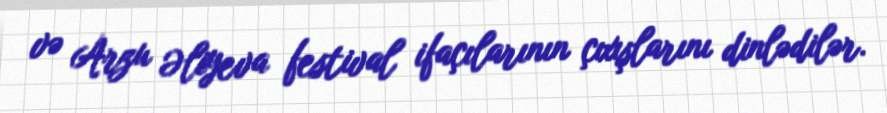
və Arzu Əliyeva festival ifaçılarının çıxışlarını dinlədilər.